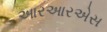
આરઆરએસ